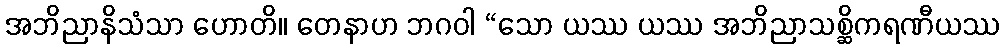
အဘိညာနိသံသာ ဟောတိ။ တေနာဟ ဘဂဝါ “သော ယဿ ယဿ အဘိညာသစ္ဆိကရဏီယဿ